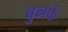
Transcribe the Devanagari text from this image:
बुनर्फ